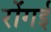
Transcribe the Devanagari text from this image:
रोंगई